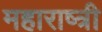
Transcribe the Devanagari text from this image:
महाराष्त्री